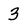
Character: 3